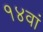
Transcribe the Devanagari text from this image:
१४वां